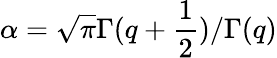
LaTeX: \alpha=\sqrt{\pi}\Gamma(q+\frac{1}{2})/\Gamma(q)